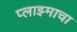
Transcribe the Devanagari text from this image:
प्लाझ्माचा